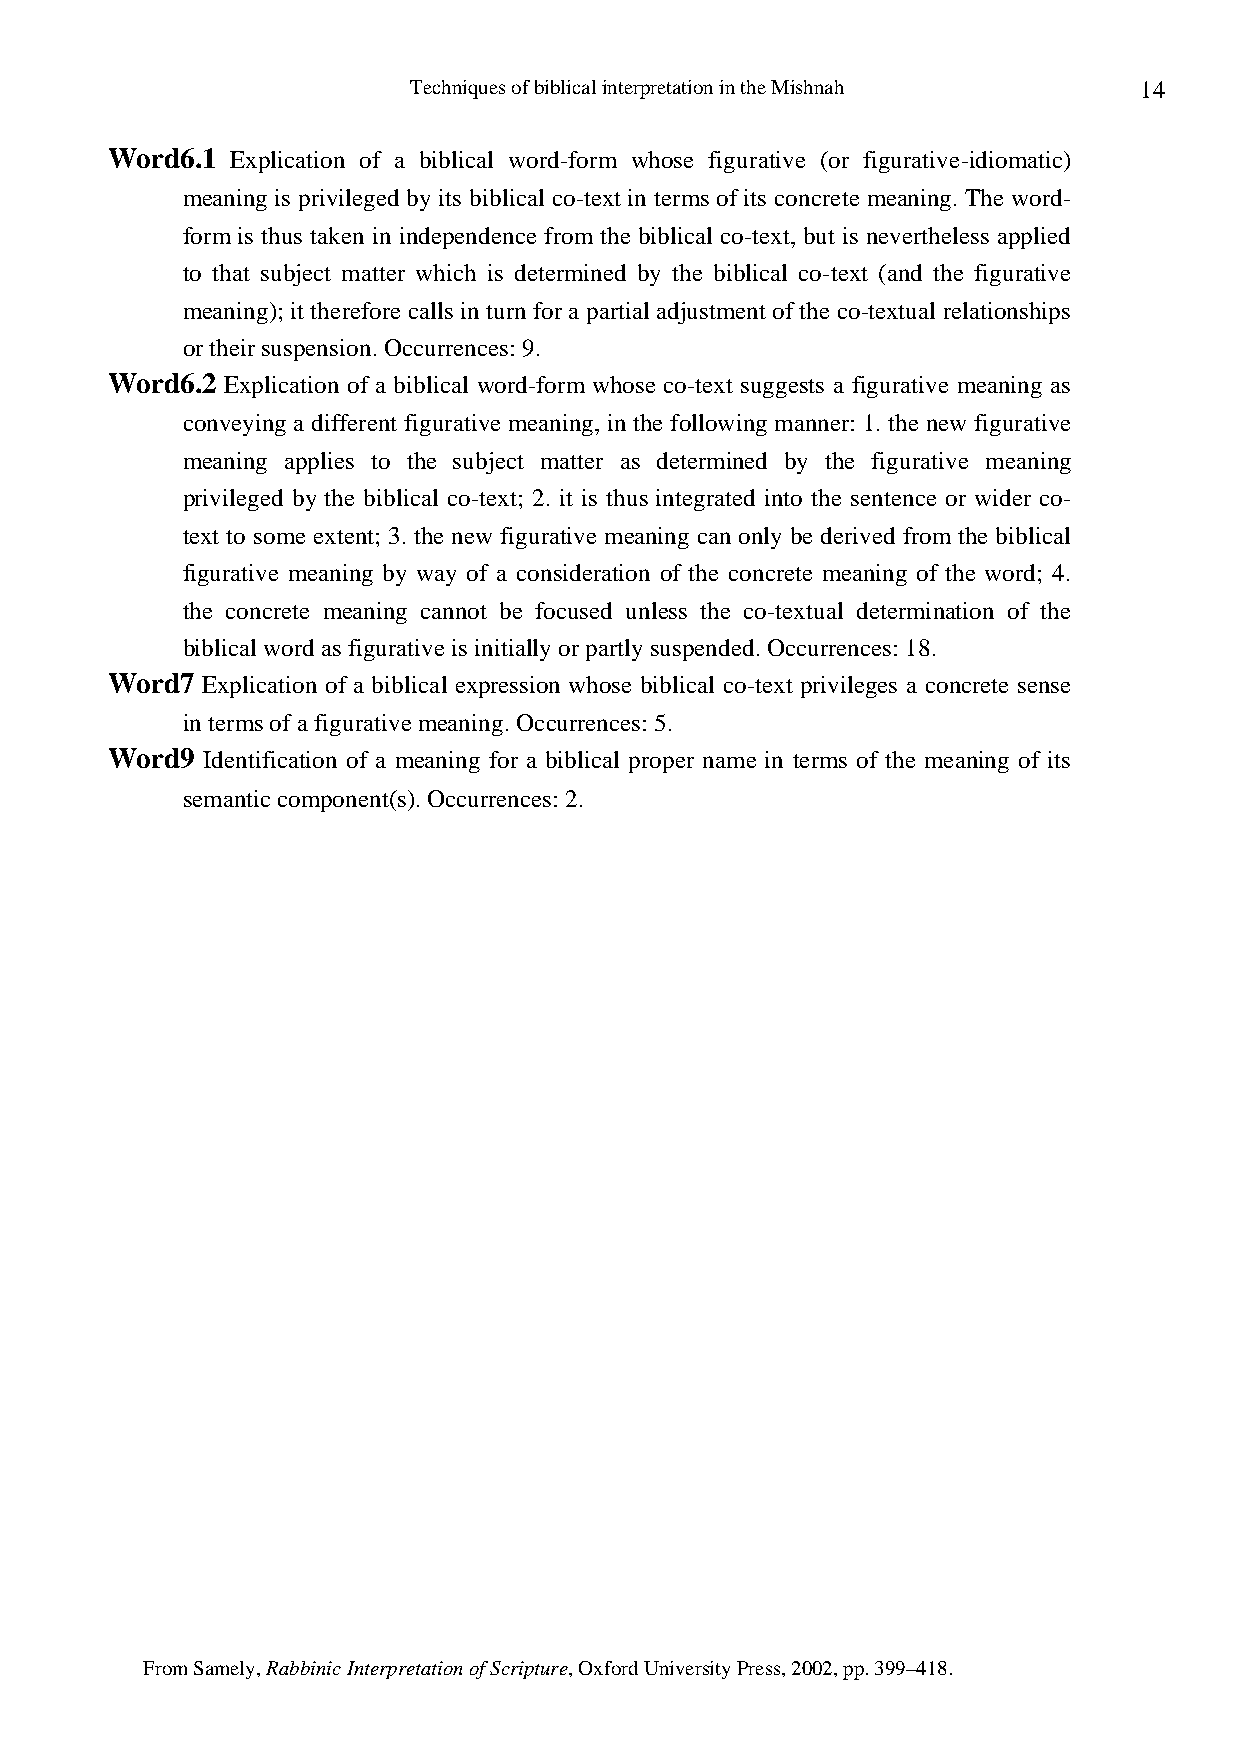
Techniques of biblical interpretation in the Mishnah 14
 Word6.1 Explication of a biblical word-form whose figurative (or figurative-idiomatic)
 meaning is privileged by its biblical co-text in terms of its concrete meaning. The word-
 form is thus taken in independence from the biblical co-text, but is nevertheless applied
 to that subject matter which is determined by the biblical co-text (and the figurative
 meaning); it therefore calls in turn for a partial adjustment of the co-textual relationships
 or their suspension. Occurrences: 9.
 Word6.2 Explication of a biblical word-form whose co-text suggests a figurative meaning as
 conveying a different figurative meaning, in the following manner: 1. the new figurative
 meaning applies to the subject matter as determined by the figurative meaning
 privileged by the biblical co-text; 2. it is thus integrated into the sentence or wider co-
 text to some extent; 3. the new figurative meaning can only be derived from the biblical
 figurative meaning by way of a consideration of the concrete meaning of the word; 4.
 the concrete meaning cannot be focused unless the co-textual determination of the
 biblical word as figurative is initially or partly suspended. Occurrences: 18.
 Word7 Explication of a biblical expression whose biblical co-text privileges a concrete sense
 in terms of a figurative meaning. Occurrences: 5.
 Word9 Identification of a meaning for a biblical proper name in terms of the meaning of its
 semantic component(s). Occurrences: 2.
 From Samely, Rabbinic Interpretation of Scripture, Oxford University Press, 2002, pp. 399–418.